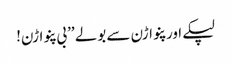
لپکے اور پنواڑن سے بولے ’’بی پنواڑن!